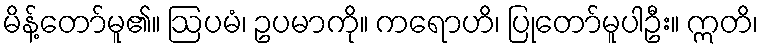
မိန့်တော်မူ၏။ ဩပမံ၊ ဥပမာကို။ ကရောဟိ၊ ပြုတော်မူပါဦး။ ဣတိ၊